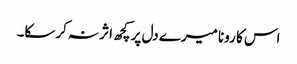
اس کا رونا میرے دل پر کچھ اثر نہ کرسکا۔